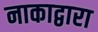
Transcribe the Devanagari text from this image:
नाकाद्वारा